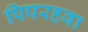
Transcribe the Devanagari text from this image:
पिपरहवा